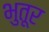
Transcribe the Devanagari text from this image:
भुतूर